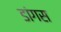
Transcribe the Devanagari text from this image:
डांगस